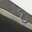
ટ